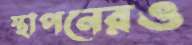
স্থাপনেরও